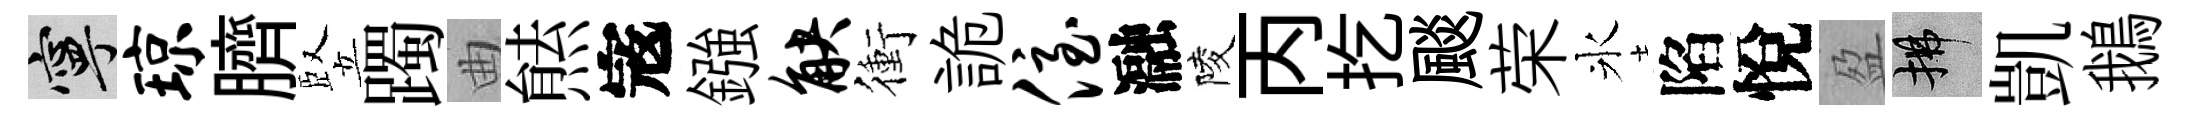
寧琼臍竪躅曲㷱𡨥鏹觖衝詭侄瀜陵丙扢颷荣氷陷悅盈拂凱鵝